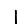
Digit: 1